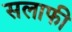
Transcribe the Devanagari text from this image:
सलाफी